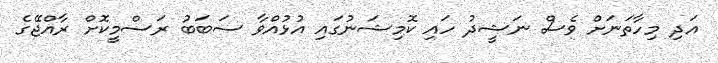
އަދި މިހާތަނަށް ވެސް ނަޝީދު ހައި ކޮމިޝަނުގައި އުޅުއްވާ ސަބަބު ރަސްމީކޮށް ރާއްޖޭގެ